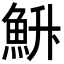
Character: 𮫳